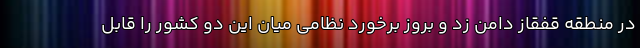
در منطقه قفقاز دامن زد و بروز برخورد نظامی میان این دو کشور را قابل